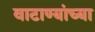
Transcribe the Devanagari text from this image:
वाटाण्यांच्या